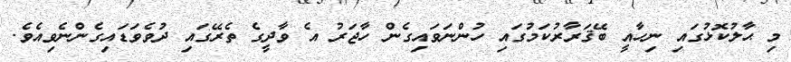
މި ޙާލުކޮޅުގައި ނިހާއީ ބޭޤަރާރުކަމުގައި ހުންނަވައިގެން ހާޖަރު އެ ވާދީގެ ތެރޭގައި ދުވެވަޑައިގެންނެވިއެވެ.